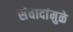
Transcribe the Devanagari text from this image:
संवादांमुळे